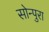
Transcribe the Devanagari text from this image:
सोन्पुरा